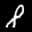
Label: 8